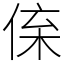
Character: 𠉪